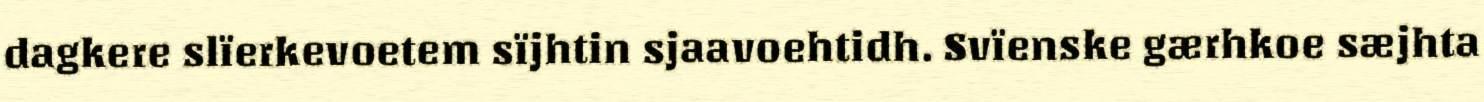
dagkere slïerkevoetem sïjhtin sjaavoehtidh. Svïenske gærhkoe sæjhta